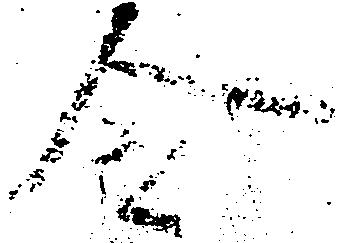
令